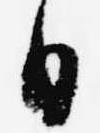
日